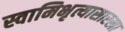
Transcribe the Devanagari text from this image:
स्वामिभृत्यासारखा